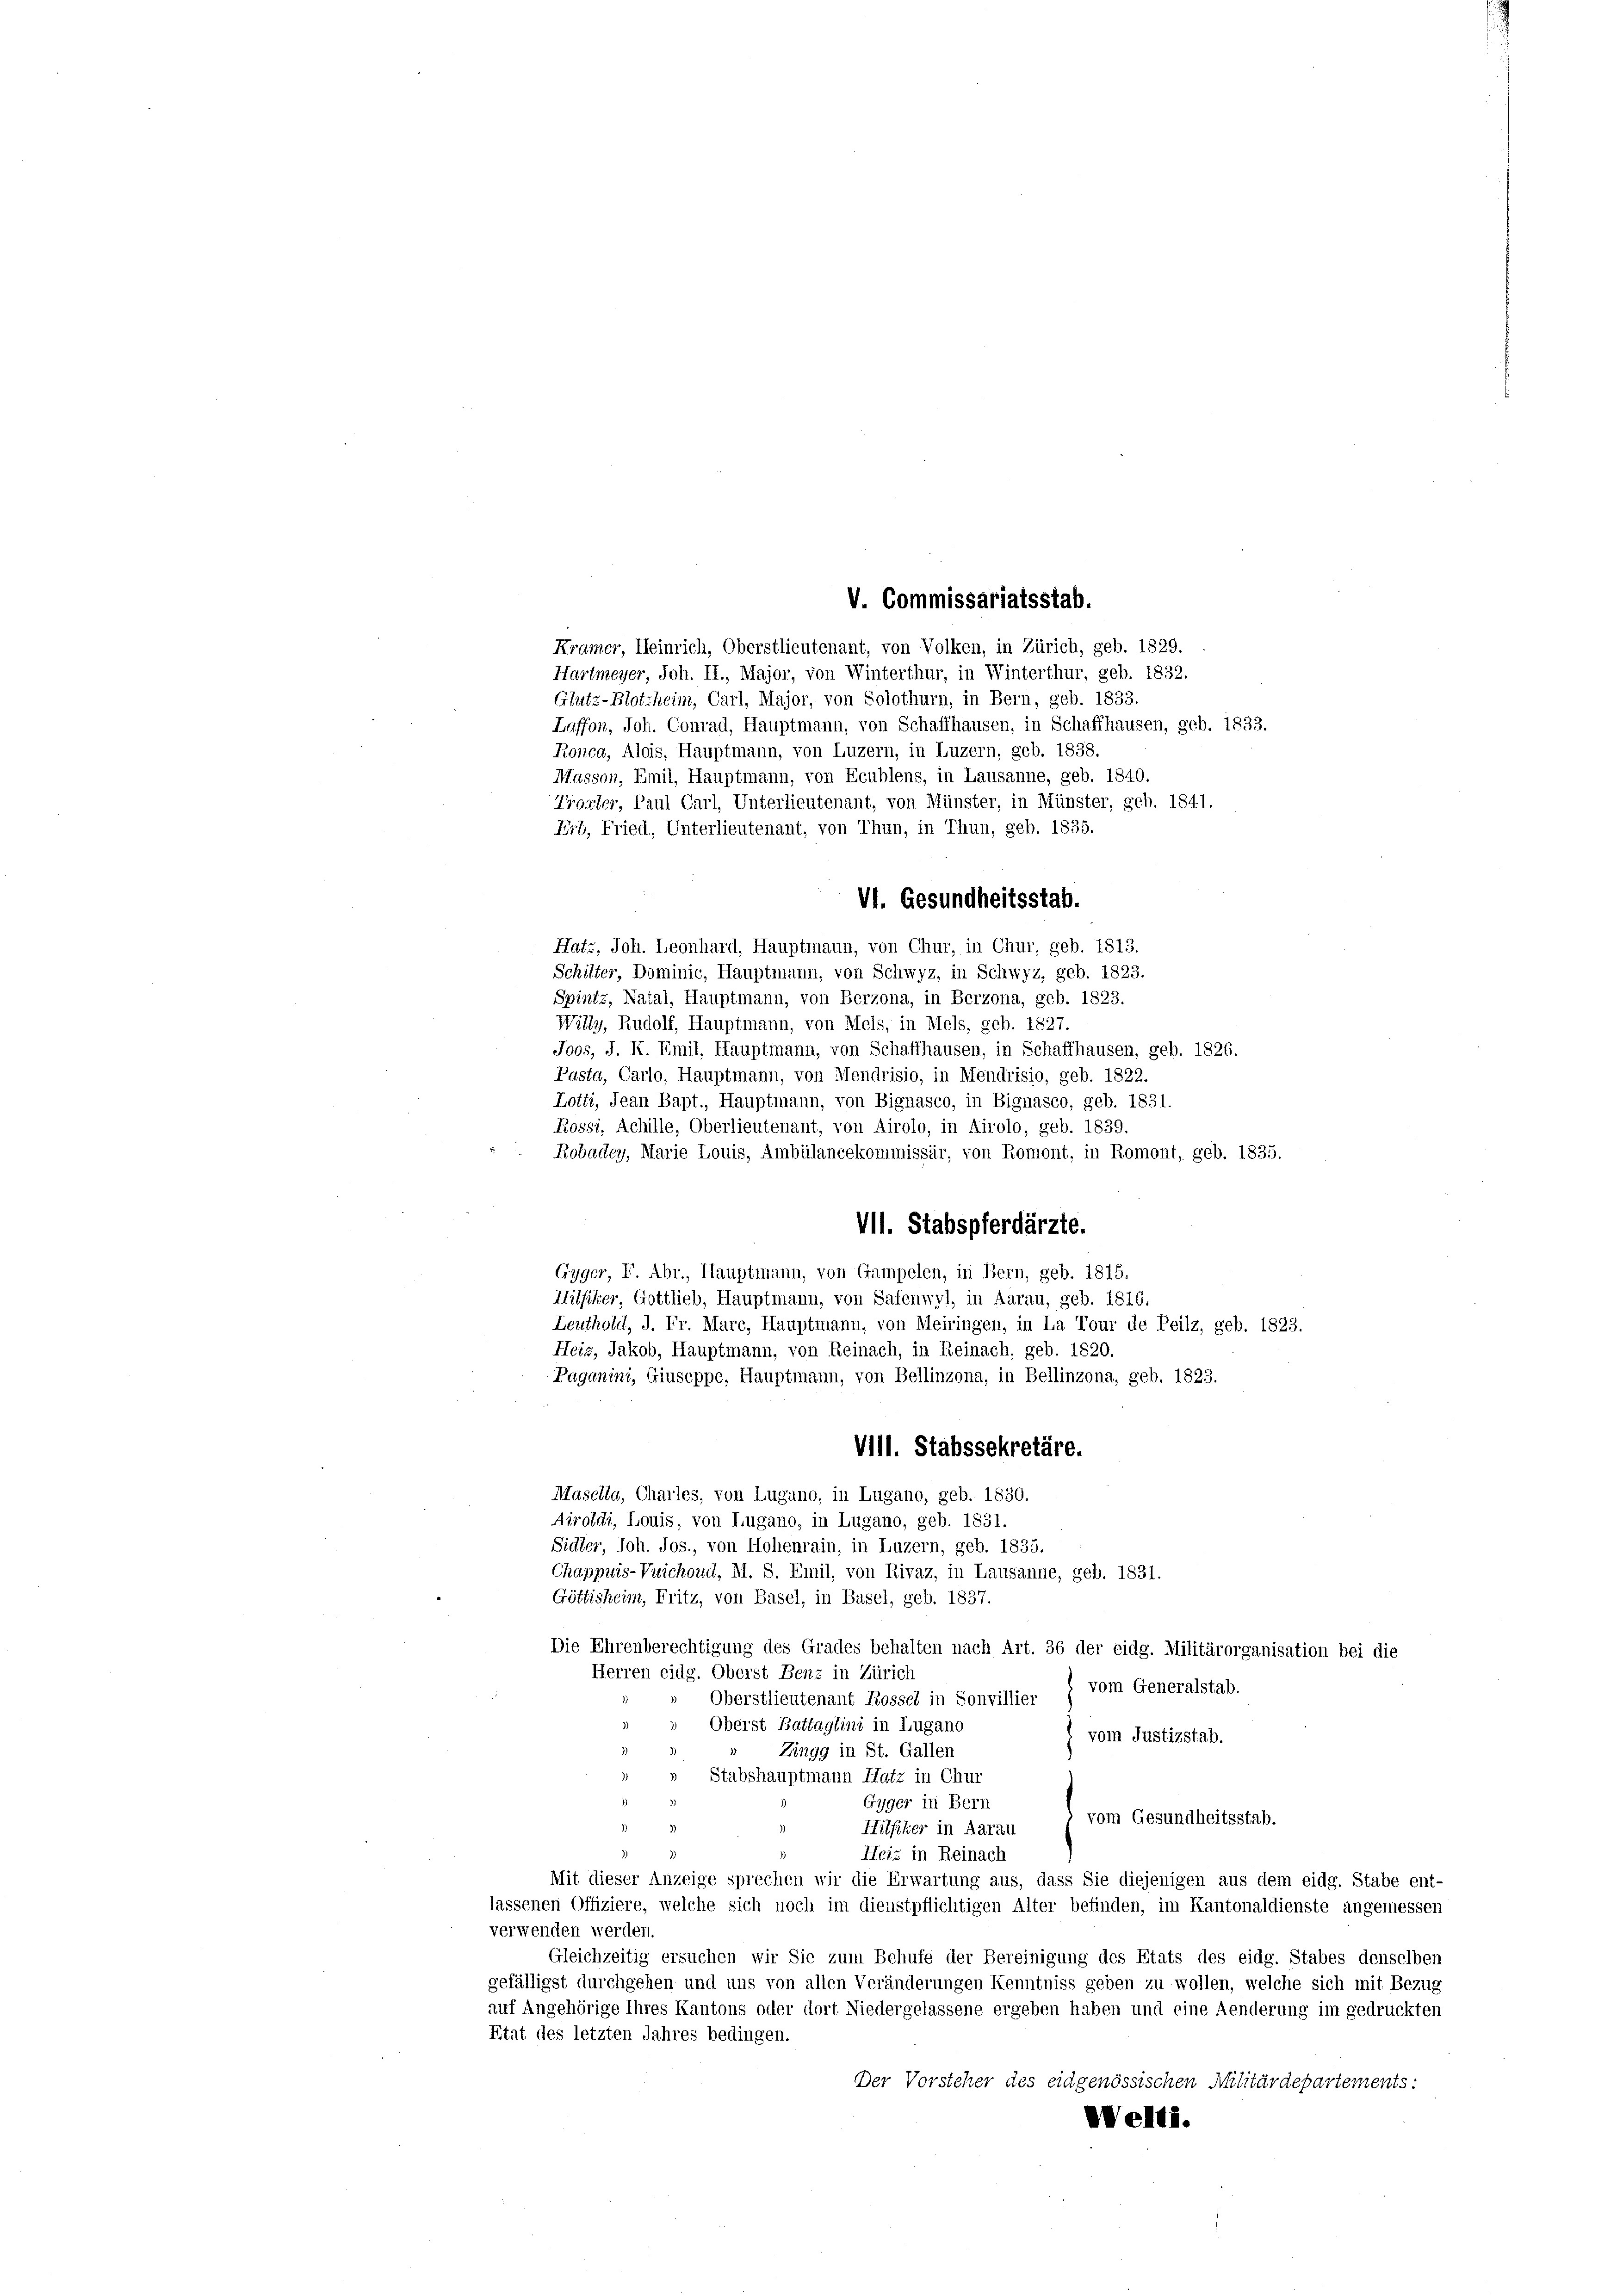
V. Commissariatsstab.

Kramer, Heinrich, Oberstlieutenant, von Volken, in Zürich, geb. 1829.
Hartmeyer, Joh. H., Major, von Winterthur, in Winterthur, geb. 1832.
Glutz-Blotzheim, Carl, Major, von Solothurn, in Bern, geb. 1833.
Laffon, Joh. Conrad, Hauptmann, von Schaffhausen, in Schaffhausen, geb. 1833.
Ronca, Alois, Hauptmann, von Luzern, in Luzern, geb. 1838.
Masson, Emil, Hauptmann, von Ecublens, in Lausanne, geb. 1840.
Trorter, Paul Carl, Unterlieutenant, von Münster, in Münster, geb. 1841.
Erb, Fried, Unterlieutenant, von Thun, in Thun, geb. 1835.

VI. Gesundheitsstab.
Hatz, Joh. Leonhard, Hauptmann, von Chur, in Chur, geb. 1813.

Schilter, Dominic, Hauptmann, von Schwyz, in Schwyz, geb. 1823.
Spintz, Natal, Hauptmann, von Berzona, in Berzona, geb. 1823.
Willy, Rudolf, Hauptmann, von Meis, in Mels, geb. 1827.
Joos, J. K. Emil, Hauptmann, von Schaffhausen, in Schaffhausen, geb. 1826.
Pasta, Carlo, Hauptmann, von Mendrisio, in Mendrisio, geb. 1822.
Lotti, Jean Bapt., Hauptmann, von Bignasco, in Bignasco, geb. 1831.
Rossi, Achille, Oberlieutenant, von Airolo, in Airolo, geb. 1839.
Robadey, Marie Louis, Ambülancekommissär, von Romont, in Romont, geb. 1835.
VII. Stabspferdärzte.
Gyger, F. Abr., Hauptmann, von Gampelen, in Bern, geb. 1815.
Hilfiker, Gottlieb, Hauptmann, von Safenwyl, in Aarau, geb. 1816.
Leuthold, J. Fr. Marc, Hauptmann, von Meiringen, in La Tour de Peilz, geb. 1823.
Heiz, Jakob, Hauptmann, von Reinach, in Reinach, geb. 1820.
Paganini, Giuseppe, Hauptmann, von Bellinzona, in Bellinzona, geb. 1823.
VIll. Stabssekretäre.
Masella, Charles, von Lugano, in Lugano, geb. 1830.
Airoldi, Louis, von Lugano, in Lugano, geb. 1831.
Sidler, Joh. Jos., von Hohenrain, in Luzern, geb. 1835.
Chappuis-Vuichoud, M. S. Emil, von Rivaz, in Lausanne, geb. 1831.
Göttisheim, Fritz, von Basel, in Basel, geb. 1837.
Die Ehrenberechtigung des Grades behalten nach Art. 36 der eidg. Militärorganisation bei die
Herren eidg. Oberst Benz in Zürich
vom Generalstab.
Oberstlieutenant Rossel in Sonvillier
 Oberst Battaglini in Lugano
vom Justizstab.
» Zingg in St. Gallen
» Stabshauptmann Hatz in Chur
Gyger in Bern
vom Gesundheitsstab.
Hilfiker in Aarau
Heiz in Reinach
Mit dieser Anzeige sprechen wir die Erwartung aus, dass Sie diejenigen aus dem eidg. Stabe ent-
lassenen Offiziere, welche sich noch im dienstpflichtigen Alter befinden, im Kantonaldienste angemessen
verwenden werden.
Gleichzeitig ersuchen wir Sie zum Behufe der Bereinigung des Etats des eidg. Stabes denselben
gefälligst durchgehen und uns von allen Veränderungen Kenntniss geben zu wollen, welche sich mit Bezug
auf Angehörige Ihres Kantons oder dort Niedergelassene ergeben haben und eine Aenderung im gedruckten
Etat des letzten Jahres bedingen.
Der Vorsteher des eidgenössischen Militärdepartements:
Velti.